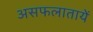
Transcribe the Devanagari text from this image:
असफलातायें